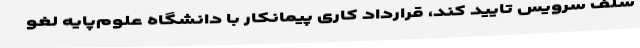
سلف سرویس تایید کند، قرارداد کاری پیمانکار با دانشگاه علوم‌پایه لغو